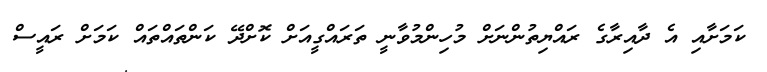
ކަމަށާއި އެ ދާއިރާގެ ރައްޔިތުންނަށް މުހިންމުވާނީ ތަރައްގީއަށް ކޮށްދޭ ކަންތައްތައް ކަމަށް ރައީސް